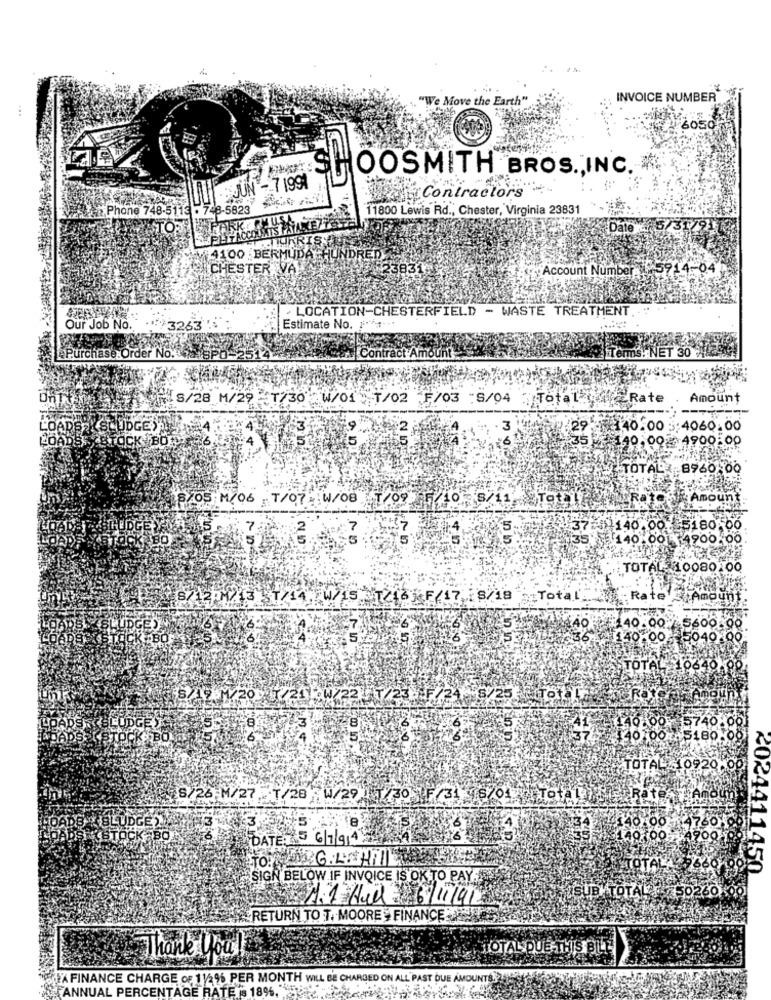
"We Move the Earth"
INVOICE NUMBER
OOSMITH BROS ., INC. .
-. 71991
Contractors
Phone 748-5113 - 748-5823
11800 Lewis Rd ., Chester, Virginia 23831
Date
URRIS
4100 BERMUDA HUNDREDA
CHESTER VA
23831
Account Number: 5714.04
:- LOCATION-CHESTERFIELD - WASTE TREATMENT.
Our Job No.
+3263
Estimate No. ... ..
ET 30
Purchase Order No ..
Contract Amount
S/28 M/29 CT/30 W/01 T/02 F/03 :S/04
Total deRate
Amount
ADS
{SLUDGE)
2
3
140.00 :
:4060.00
LOADS:
140,00: 4900:00
STOCK BO
TOTAL 8960.00
8/05 M/06 T/07 W/08 T/09 /10 8/11 Tot!
Rat
Amount
140.00.35180.00
BO
140:00 4900 00
TOTAL 10080100
: Rate
8/12-M/13 51/14. W/15 /16 F 17 8/18 Total
£40
¥40.00
5600
5
140.00
50407
TOTAL 10640
S/17 M/20 11/21 0W/22
T/2
iTot
8740
¥5186
TOTAL 10920:
S/26;M/27. T/28 W/29 130 F/31 6/01 Total7
4760
BLUDGE2.
3
STOCK -BO
DATES 5 6/7/9145
¥4900
TOTALE
2024411450
SIGN BELOW IF INVOICE IS OK TO PAY ....
SUB TOTAL : 50260
1.1 Hul - 6/11/91
RETURN TO T. MOORE , FINANCE
Thank you!
TOTAL QUE-THIS BLE
A FINANCE CHARGE o
PER MONTH WILL
PERCEN
AGE